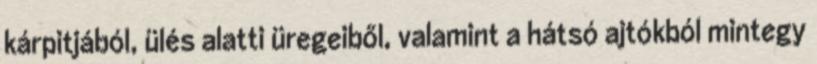
kárpitjából, ülés alatti üregeiből, valamint a hátsó ajtókból mintegy